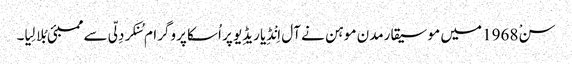
سنْ 1968 میں موسیقارمدن موہن نے آل اِنْڈِیا ریڈِیو پر اُسکا پروگرام سُنکر دِلّی سے ممبئی بُلا لِیا۔